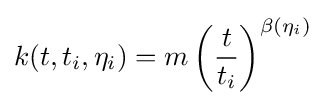
k(t,t_{i},\eta _{i})=m\left({\frac {t}{t_{i}}}\right)^{\beta (\eta _{i})}